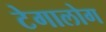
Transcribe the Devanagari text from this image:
टेगालोग